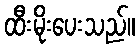
ထီးမိုးပေးသည်။